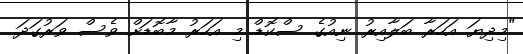
"މިދިޔަ އަހަރާ ބަލާއިރު ނިއުގެ ސްކޮޑް މި އަހަރު މާބޮޑަށް ވެސް ވަރުގަދަ.